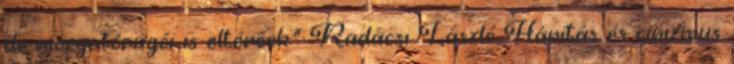
de mozgatórugói is eltérőek.” Radácsi László Hárítás és cinizmus